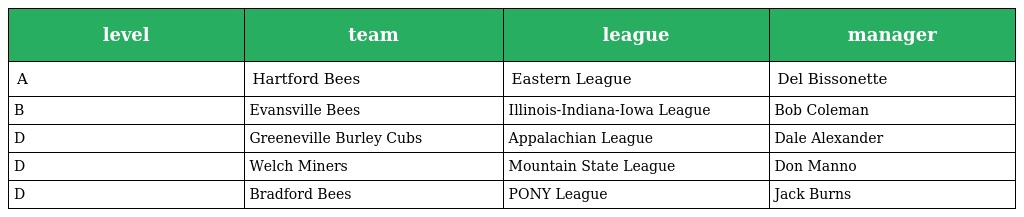
| level | team | league | manager |
 | --- | --- | --- | --- |
 | A | Hartford Bees | Eastern League | Del Bissonette |
 | B | Evansville Bees | Illinois-Indiana-Iowa League | Bob Coleman |
 | D | Greeneville Burley Cubs | Appalachian League | Dale Alexander |
 | D | Welch Miners | Mountain State League | Don Manno |
 | D | Bradford Bees | PONY League | Jack Burns |